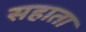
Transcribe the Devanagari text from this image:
सहाता